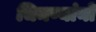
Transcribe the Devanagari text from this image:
चिमण्यांनो